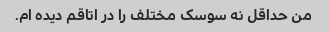
من حداقل نه سوسک مختلف را در اتاقم دیده ام.